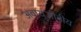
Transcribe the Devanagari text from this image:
अवायुजीवीय